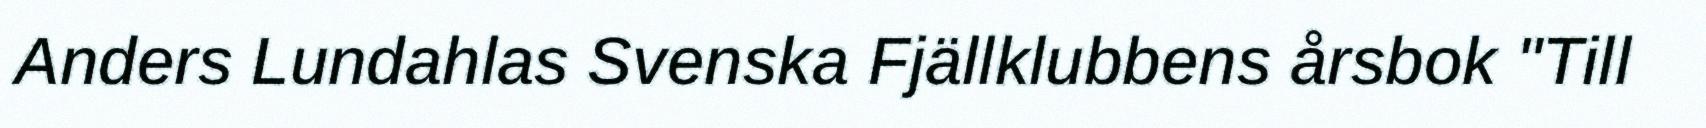
Anders Lundahlas Svenska Fjällklubbens årsbok "Till